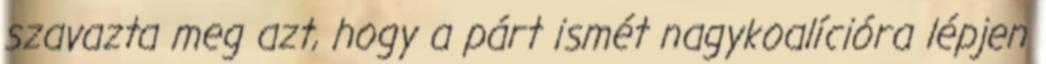
szavazta meg azt, hogy a párt ismét nagykoalícióra lépjen